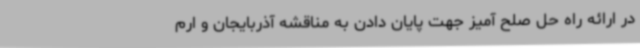
در ارائه راه حل صلح آمیز جهت پایان دادن به مناقشه آذربایجان و ارم